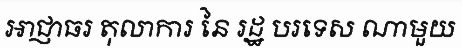
អាជ្ញាធរ តុលាការ នៃ រដ្ឋ បរទេស ណាមួយ